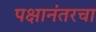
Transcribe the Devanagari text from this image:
पक्षानंतरचा